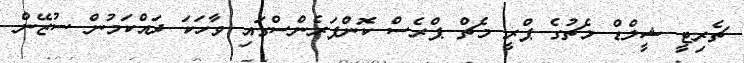
ޗެރިޓީ ޝީލްޑް މެޗުގެ ޕްރީ މެޗް ޕްރެސް ކޮންފަރެންސްގައި ވާހަކަ ދައްކަމުން ސުޒޭން